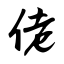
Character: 佬